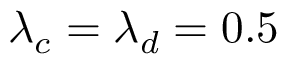
\lambda _ { c } = \lambda _ { d } = 0 . 5